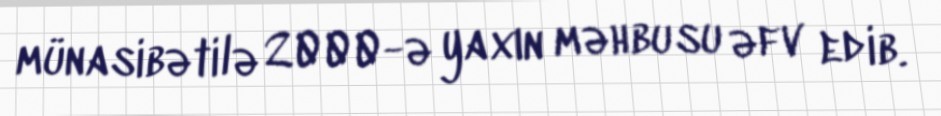
münasibətilə 2000-ə yaxın məhbusu əfv edib.